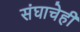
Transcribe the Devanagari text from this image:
संघाचेही